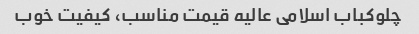
چلوکباب اسلامی عالیه قیمت مناسب، کیفیت خوب